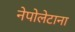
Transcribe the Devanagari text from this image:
नेपोलेटाना